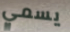
يسمي